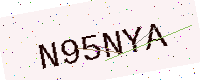
Text: N95NYA